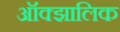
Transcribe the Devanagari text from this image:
ऑक्झालिक